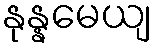
နုန္နမေယျ